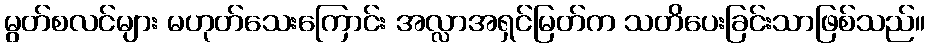
မွတ်စလင်များ မဟုတ်သေးကြောင်း အလ္လာအရှင်မြတ်က သတိပေးခြင်းသာဖြစ်သည်။